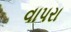
વાપરા